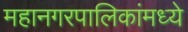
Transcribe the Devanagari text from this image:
महानगरपालिकांमध्ये